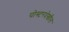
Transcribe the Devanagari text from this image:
पोस्टरदेखील